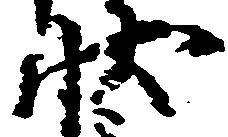
状